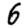
Digit: 6